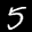
Label: 5